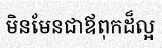
មិនមែនជាឪពុកដ៏ល្អ